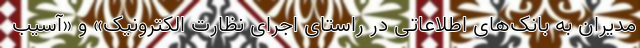
مدیران به بانک‌های اطلاعاتی در راستای اجرای نظارت الکترونیک» و «آسیب